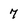
Character: 7